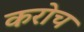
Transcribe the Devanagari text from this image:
करोच